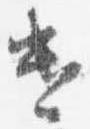
遣